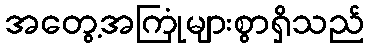
အတွေ့အကြုံများစွာရှိသည်